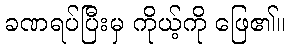
ခဏရပ်ပြီးမှ ကိုယ့်ကို ဖြေ၏။